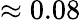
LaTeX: \approx 0.08